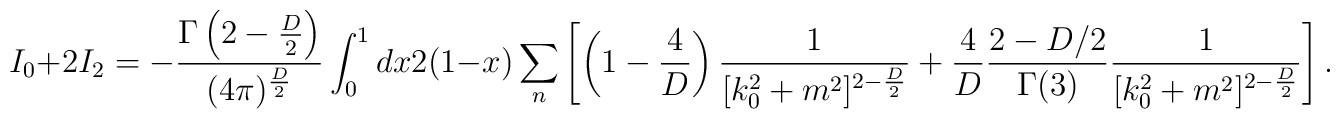
I_0+2I_2=-\frac{\Gamma\left(2-\frac{D}{2}\right)}{(4\pi)^{\frac{D}{2}}}\int_0^1 dx 2 (1-x)\sum_{n}\left[\left(1-\frac{4}{D}\right )\frac{1}{[k_0^2+m^2]^{2-\frac{D}{2}}}+\frac{4}{D}\frac{2-D/2}{\Gamma(3)}\frac{1}{[k_0^2+m^2]^{2-\frac{D}{2}}}\right].